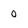
Character: 0